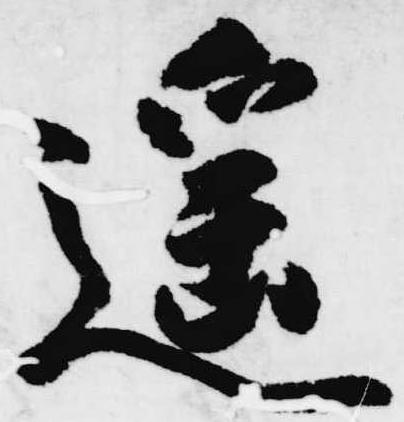
遥